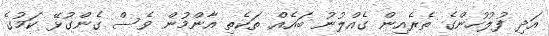
އަދި ފުލުހުންގެ ތެރެއިން ގެއްލުނު ބައެއް ތަކެތި އާންމުން ވެސް ގެންގުޅޭ ކަމުގެ